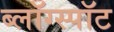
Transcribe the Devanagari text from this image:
ब्लॉग्स्पॉट